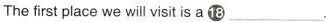
The first place we will visit is a ⑱___.